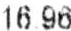
16.96